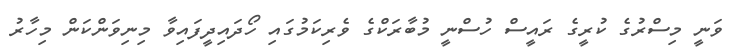
ވަނީ މިސްރުގެ ކުރީގެ ރައީސް ހުސްނީ މުބާރަކްގެ ވެރިކަމުގައި ހޯދައިދީފައިވާ މިނިވަންކަން މިހާރު